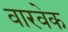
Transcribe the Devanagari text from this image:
वारवेक